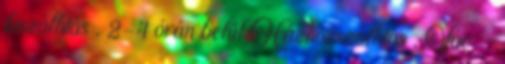
kiszállítás . 2-4 órán belül Házhozszállítás , Vác -